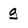
Character: g